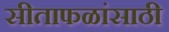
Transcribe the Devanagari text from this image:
सीताफळांसाठी